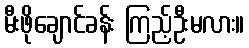
မီးဖိုချောင်ခန်း ကြည့်ဦးမလား။